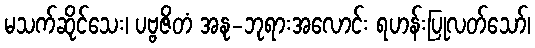
မသက်ဆိုင်သေး၊ ပဗ္ဗဇိတံ အနု-ဘုရားအလောင်း ရဟန်းပြုလတ်သော်၊